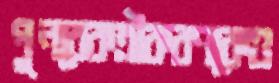
পুনরেকত্রীকরণকেও